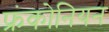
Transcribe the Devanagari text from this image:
फ्रंकोनियन